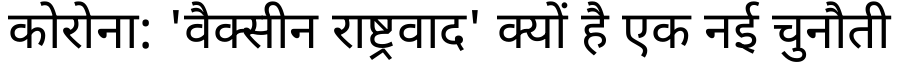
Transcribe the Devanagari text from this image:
कोरोना: 'वैक्सीन राष्ट्रवाद' क्यों है एक नई चुनौती